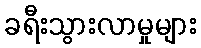
ခရီးသွားလာမှုများ